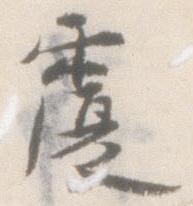
覆